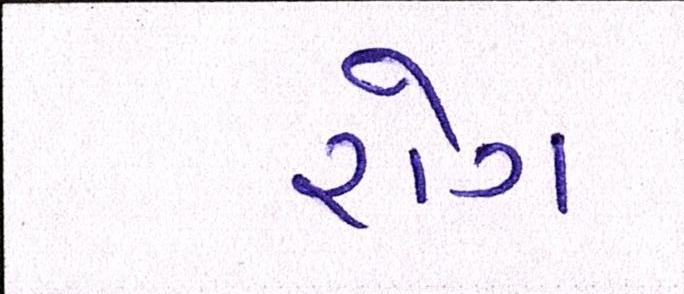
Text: રોગ